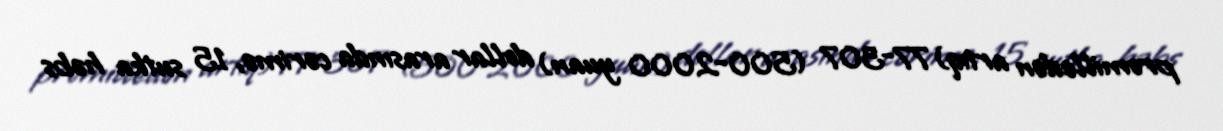
promilledən artıq) 77-307 (500-2000 yuan) dollar arasında cərimə, 15 sutka həbs